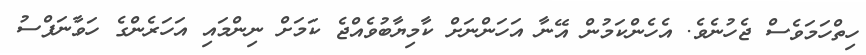
ހިތްހަމަވެސް ޖެހުނެވެ. އެހެންކަމުން އޭނާ އަހަންނަށް ކާމިޔާބުވެއްޖެ ކަމަށް ނިންމައި އަހަރެންގެ ހަވާނަފްސު